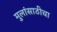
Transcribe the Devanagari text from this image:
मुलांसाठीचा